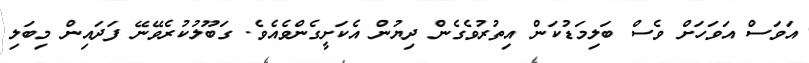
އަވަސް އަވަހަށް ވެސް ބަލިމަޑުކަން އިތުރުވެގެން ދިޔުން އެކަށީގެންވެއެވެ. ގަބޫލުކުރެވޭނޭ ފަދައިން މިބަލި